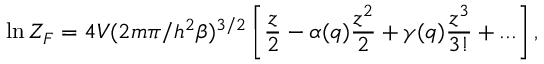
\ln { \cal Z } _ { F } = 4 V ( 2 m \pi / h ^ { 2 } \beta ) ^ { 3 / 2 } \left[ \frac { z } { 2 } - \alpha ( q ) \frac { z ^ { 2 } } { 2 } + \gamma ( q ) \frac { z ^ { 3 } } { 3 ! } + . . . \right] ,